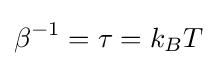
\beta ^{-1}=\tau =k_{B}T